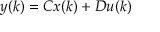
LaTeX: y ( k ) = C x ( k ) + D u ( k )